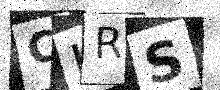
Text: CIRS